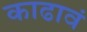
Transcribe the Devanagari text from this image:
काढावं